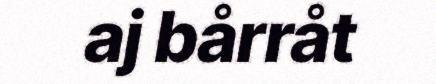
aj bårråt